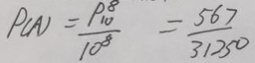
P ( A ) = \frac { P _ { 1 0 } ^ { 8 } } { 1 0 ^ { 8 } } = \frac { 5 6 7 } { 3 1 2 5 0 }